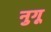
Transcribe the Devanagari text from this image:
नुगू